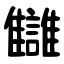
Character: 讎